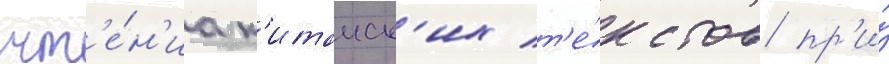
чт'е́н'иа к'итаиск'их т'е́кстов пр'и́